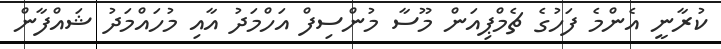
ކުރާނީ އެންމެ ފަހުގެ ޗެމްޕިއަން މޫސާ މުންސިފް އަހްމަދު އާއި މުހައްމަދު ޝައްފާން